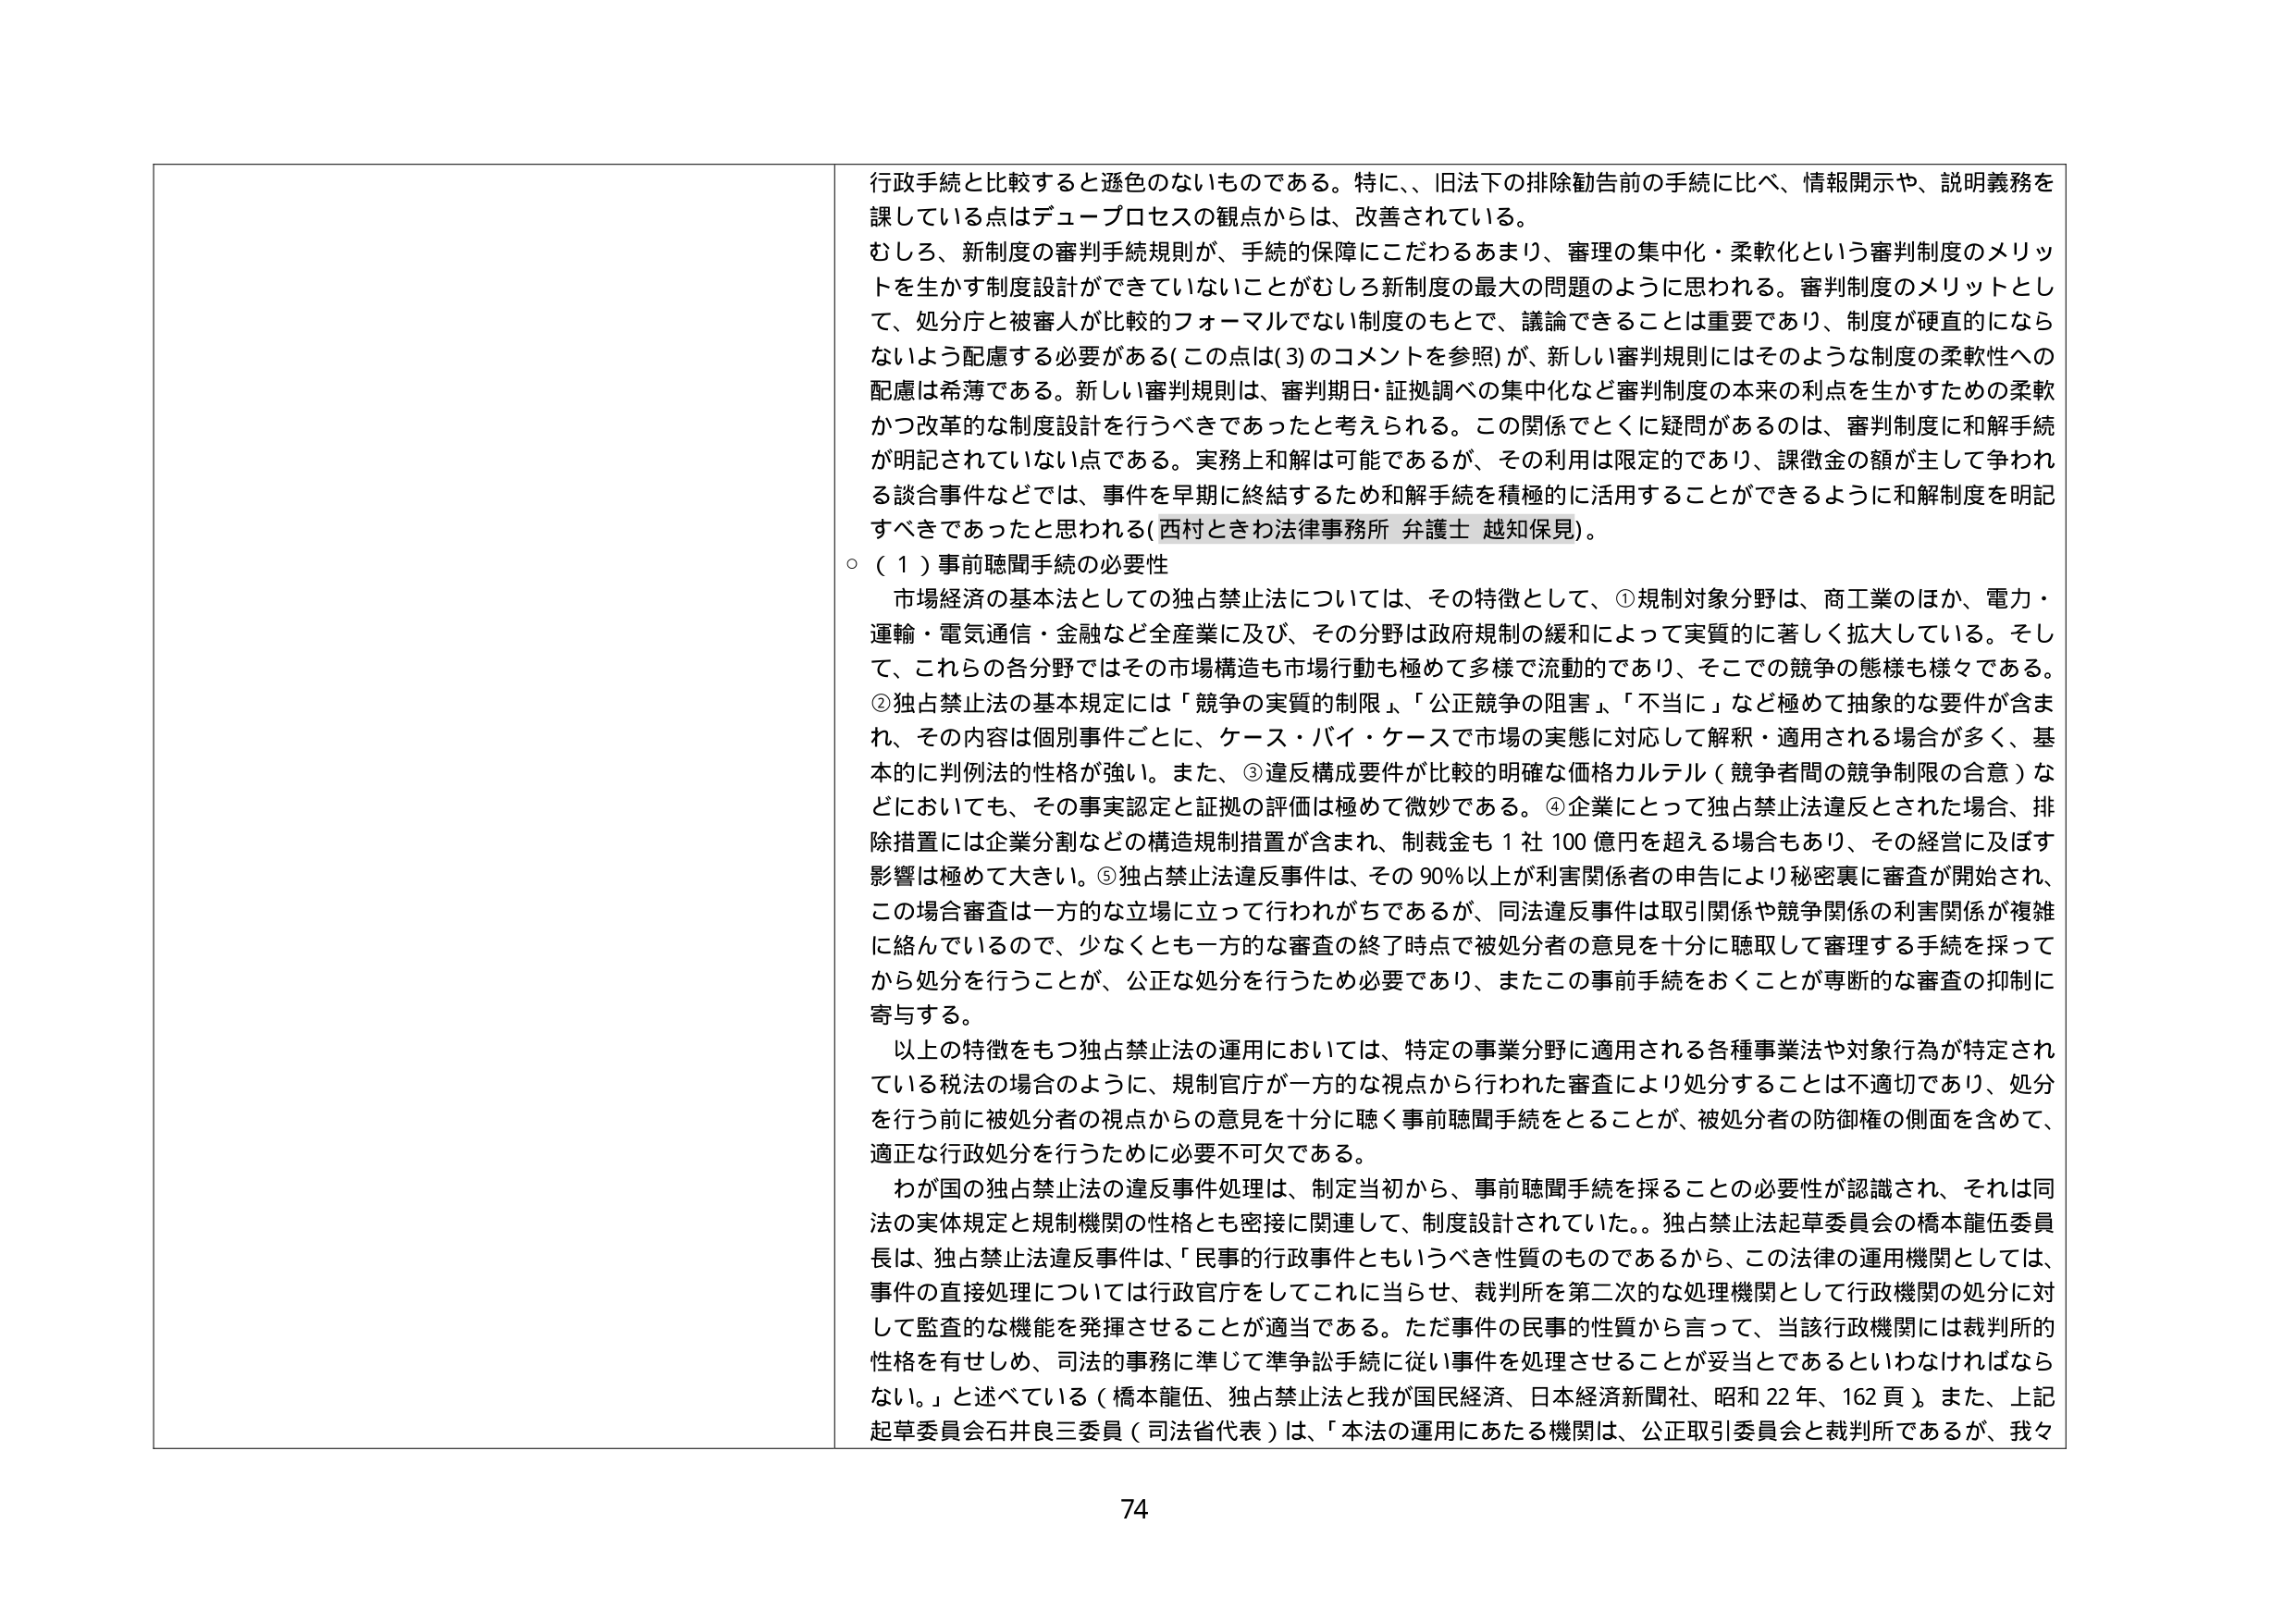
行政手続と比較すると遜色のないものである。特に、旧法下の排除勧告前の手続に比べ、情報開示や、説明義務を課している点はデュープロセスの観点からは、改善されている。

むしろ、新制度の審判手続規則が、手続の保障にこだわるあまり、審理の集中化・柔軟化という審判制度のメリットを生かす制度設計ができていないことがむしろ新制度の最大の問題のように思われる。審判制度のメリットとして、処分庁と被審人が比較的フォーマルでない制度のもとで、議論できることは重要であり、制度が硬直的にならないよう配慮する必要がある（この点は(3)のコメントを参照）が、新しい審判規則にはそのような制度の柔軟性への配慮は希薄である。新しい審判規則は、審判期日・証拠調べの集中化など審判制度の本来の利点を生かすための柔軟かつ改革的な制度設計を行うべきであったと考えられる。この関係でとくに疑問があるのは、審判制度に和解手続が明記されていない点である。実務上和解は可能であるが、その利用は限定的であり、課徴金の額が主として争われる談合事件などでは、事件を早期に終結するため和解手続を積極的に活用することができるように和解制度を明記すべきであったと思われる（西村ときわ法律事務所 弁護士 越知保見）。

○（１）事前聴聞手続の必要性

市場経済の基本法としての独占禁止法については、その特徴として、①規制対象分野は、商工業のほか、電力・運輸・電気通信・金融など全産業に及び、その分野は政府規制の緩和によって実質的に著しく拡大している。そして、これらの各分野ではその市場構造も市場行動も極めて多様で流動的であり、そこでの競争の態様も様々である。②独占禁止法の基本規定には「競争の実質的制限」、「公正競争の阻害」、「不当に」など極めて抽象的な要件が含まれ、その内容は個別事件ごとに、ケース・バイ・ケースで市場の実態に対応して解釈・適用される場合が多く、基本的に判例法的性格が強い。また、③違反構成要件が比較的明確な価格カルテル（競争者間の競争制限の合意）などにおいても、その事実認定と証拠の評価は極めて微妙である。④企業にとって独占禁止法違反とされた場合、排除措置には企業分割などの構造規制措置が含まれ、制裁金も１社100億円を超える場合もあり、その経営に及ぼす影響は極めて大きい。⑤独占禁止法違反事件は、その90％以上が利害関係者の申告により秘密裏に審査が開始され、この場合審査は一方的な立場に立って行われがちであるが、同法違反事件は取引関係や競争関係の利害関係が複雑に絡んでいるので、少なくとも一方的な審査の終了時点で被処分者の意見を十分に聴取して審理する手続を採ってから処分を行うことが、公正な処分を行うため必要であり、またこの事前手続をおくことが専断的な審査の抑制に寄与する。

以上の特徴をもつ独占禁止法の運用においては、特定の事業分野に適用される各種事業法や対象行為が特定されている税法の場合のように、規制官庁が一方的な視点から行われた審査により処分することは不適切であり、処分を行う前に被処分者の視点からの意見を十分に聴く事前聴聞手続をとることが、被処分者の防御権の側面を含めて、適正な行政処分を行うために必要不可欠である。

わが国の独占禁止法の違反事件処理は、制定当初から、事前聴聞手続を採ることの必要性が認識され、それは同法の実体規定と規制機関の性格とも密接に関連して、制度設計されていた。独占禁止法起草委員会の橋本龍伍委員長は、独占禁止法違反事件は、「民事的行政事件ともいうべき性質のものであるから、この法律の運用機関としては、事件の直接処理については行政官庁をしてこれに当らせ、裁判所を第二次的な処理機関として行政機関の処分に対して監査的な機能を発揮させることが適当である。ただ事件の民事的性質から言って、当該行政機関には裁判所的性格を有せしめ、司法的事務に準じて準争訟手続に従い事件を処理させることが妥当であるといわなければならない。」と述べている（橋本龍伍、独占禁止法と我が国民経済、日本経済新聞社、昭和22年、162頁）。また、上記起草委員会石井良三委員（司法省代表）は、「本法の運用にあたる機関は、公正取引委員会と裁判所であるが、我々

74